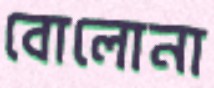
বোলোনা